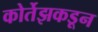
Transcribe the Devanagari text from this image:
कोर्तेझकडून